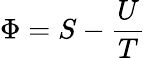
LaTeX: \Phi=S-{\frac{U}{T}}